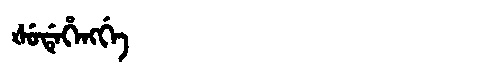
Manchu: ᡧᡠᡩᡝᡥᡝᠩᡤᡝ
Romanization: ŠUDEHENGGE